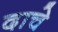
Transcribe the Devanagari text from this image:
दाचे